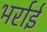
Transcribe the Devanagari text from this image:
भर्राई